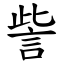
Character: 訾